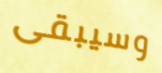
وسيبقى